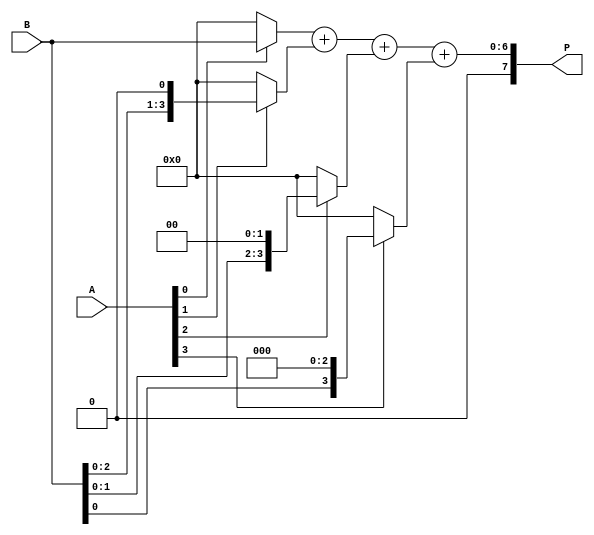
module vedic_multiplier (
    input [3:0] A, // First operand
    input [3:0] B, // Second operand
    output reg [7:0] P // Product of A and B
);

    // Internal signals for partial products
    wire [3:0] pp0, pp1, pp2, pp3; // Partial products
    wire [7:0] sum1, sum2; // Intermediate sums

    // Generate partial products using Urdhva-Tiryagbhyam
    assign pp0 = A[0] ? B : 4'b0000; // A[0] * B
    assign pp1 = A[1] ? {B, 1'b0} : 4'b0000; // A[1] * B shifted left by 1
    assign pp2 = A[2] ? {B, 2'b00} : 4'b0000; // A[2] * B shifted left by 2
    assign pp3 = A[3] ? {B, 3'b000} : 4'b0000; // A[3] * B shifted left by 3

    // Sum the partial products
    assign sum1 = pp0 + pp1; // First stage of addition
    assign sum2 = sum1 + pp2; // Second stage of addition
    assign P = sum2 + pp3; // Final product

endmodule